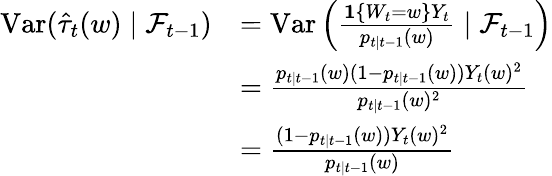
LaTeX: \begin{array}{rl}{\mathrm{Var}(\hat{\tau}_{t}(w)\mid\mathcal{F}_{t-1})}&{=\mathrm{Var}\left(\frac{\mathbf{1}\{ W_{t}=w\} Y_{t}}{p_{t\mid t-1}(w)}\mid\mathcal{F}_{t-1}\right)}\\ &{=\frac{p_{t\mid t-1}(w)(1-p_{t\mid t-1}(w))Y_{t}(w)^{2}}{p_{t\mid t-1}(w)^{2}}}\\ &{=\frac{(1-p_{t\mid t-1}(w))Y_{t}(w)^{2}}{p_{t\mid t-1}(w)}}\end{array}